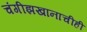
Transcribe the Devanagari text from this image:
चंगीझखानाचीही